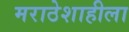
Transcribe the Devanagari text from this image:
मराठेशाहीला